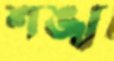
শঙ্খ